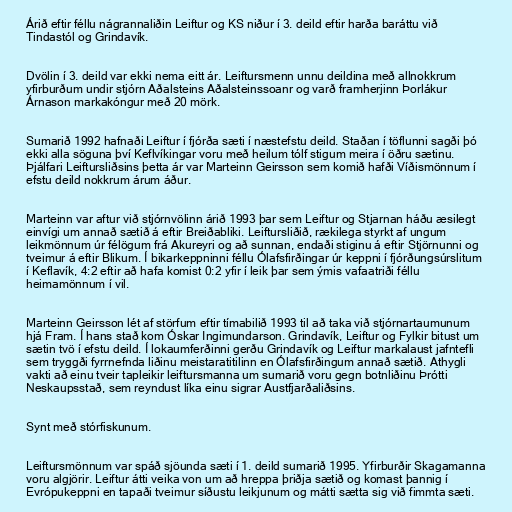
Árið eftir féllu nágrannaliðin Leiftur og KS niður í 3. deild eftir harða baráttu við
Tindastól og Grindavík.

Dvölin í 3. deild var ekki nema eitt ár. Leiftursmenn unnu deildina með allnokkrum
yfirburðum undir stjórn Aðalsteins Aðalsteinssoanr og varð framherjinn Þorlákur
Árnason markakóngur með 20 mörk.

Sumarið 1992 hafnaði Leiftur í fjórða sæti í næstefstu deild. Staðan í töflunni sagði þó
ekki alla söguna því Keflvíkingar voru með heilum tólf stigum meira í öðru sætinu.
Þjálfari Leiftursliðsins þetta ár var Marteinn Geirsson sem komið hafði Víðismönnum í
efstu deild nokkrum árum áður.

Marteinn var aftur við stjórnvölinn árið 1993 þar sem Leiftur og Stjarnan háðu æsilegt
einvígi um annað sætið á eftir Breiðabliki. Leiftursliðið, rækilega styrkt af ungum
leikmönnum úr félögum frá Akureyri og að sunnan, endaði stiginu á eftir Stjörnunni og
tveimur á eftir Blikum. Í bikarkeppninni féllu Ólafsfirðingar úr keppni í fjórðungsúrslitum
í Keflavík, 4:2 eftir að hafa komist 0:2 yfir í leik þar sem ýmis vafaatriði féllu
heimamönnum í vil.

Marteinn Geirsson lét af störfum eftir tímabilið 1993 til að taka við stjórnartaumunum
hjá Fram. Í hans stað kom Óskar Ingimundarson. Grindavík, Leiftur og Fylkir bitust um
sætin tvö í efstu deild. Í lokaumferðinni gerðu Grindavík og Leiftur markalaust jafntefli
sem tryggði fyrrnefnda liðinu meistaratitilinn en Ólafsfirðingum annað sætið. Athygli
vakti að einu tveir tapleikir leiftursmanna um sumarið voru gegn botnliðinu Þrótti
Neskaupsstað, sem reyndust líka einu sigrar Austfjarðaliðsins.

Synt með stórfiskunum.

Leiftursmönnum var spáð sjöunda sæti í 1. deild sumarið 1995. Yfirburðir Skagamanna
voru algjörir. Leiftur átti veika von um að hreppa þriðja sætið og komast þannig í
Evrópukeppni en tapaði tveimur síðustu leikjunum og mátti sætta sig við fimmta sæti.